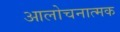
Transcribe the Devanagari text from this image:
आलोचनात्‍मक